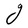
Character: g